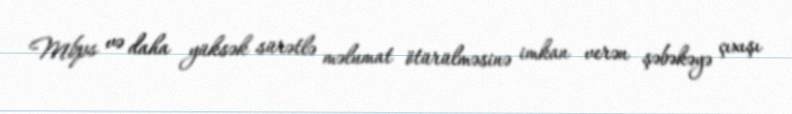
Mbps və daha yüksək sürətlə məlumat ötürülməsinə imkan verən şəbəkəyə çıxışı